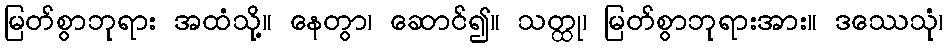
မြတ်စွာဘုရား အထံသို့။ နေတွာ၊ ဆောင်၍။ သတ္ထု၊ မြတ်စွာဘုရားအား။ ဒဿေသုံ၊